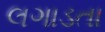
લગાડતા